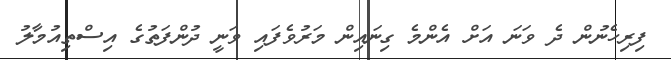
ފިރިހެނުން ދެ ވަނަ އަށް އެންމެ ގިނައިން މަރުވެފައި ވަނީ ދުންފަތުގެ އިސްތިއުމާލު